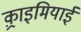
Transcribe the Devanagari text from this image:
क़्राइमियाई